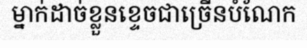
ម្នាក់ដាច់ខ្លួនខ្ទេចជាច្រើនបំណែក